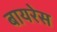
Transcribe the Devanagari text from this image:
बायरेस